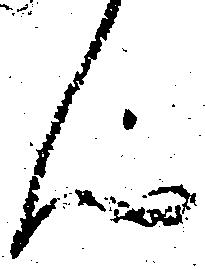
ん